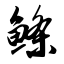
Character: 鲦